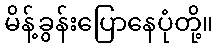
မိန့်ခွန်းပြောနေပုံတို့။